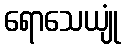
ရောသေယျုံ